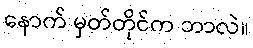
နောက် မှတ်တိုင်က ဘာလဲ။